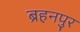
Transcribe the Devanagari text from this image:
ब्रहनपुर